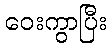
ဝေးကွာပြီး